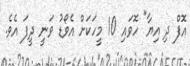
އޮފް ދި އިޔާ" ހޮވައި 10 މީހަކަށް އެވޯޑު ވަނީ ދީފަ އެވެ.